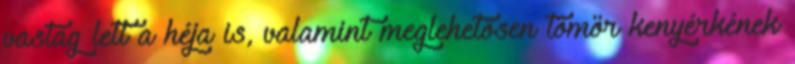
vastag lett a héja is, valamint meglehetősen tömör kenyérkének